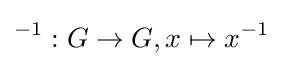
^{-1}:G\to G,x\mapsto x^{-1}